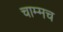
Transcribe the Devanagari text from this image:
चाम्मच